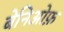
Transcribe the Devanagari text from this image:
बेनिओफ़